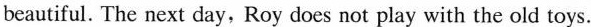
beautiful. The next day, Roy does not play with the old toys.